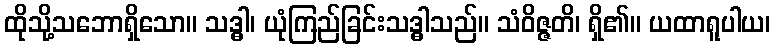
ထိုသို့သဘောရှိသော။ သဒ္ဓါ၊ ယုံကြည်ခြင်းသဒ္ဓါသည်။ သံဝိဇ္ဇတိ၊ ရှိ၏။ ယထာရူပါယ၊